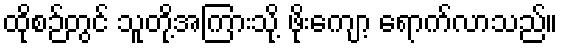
ထိုစဉ်တွင် သူတို့အကြားသို့ ဖိုးကျော့ ရောက်လာသည်။